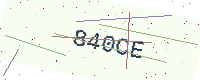
Text: 840CE